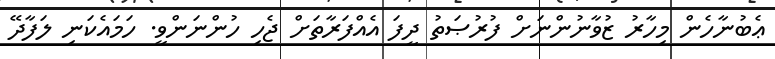
ޢެބުނާހެން މިހާރު ޒުވާނުންނަށް ފުރުޞަތު ދީފަ އެއްފަރާތަށް ޖެހި ހުންނަންވީ. ހަމައެކަނި ލަފާދޭ